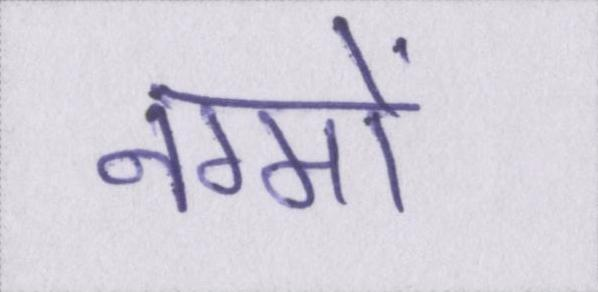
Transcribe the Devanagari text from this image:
नग्मों